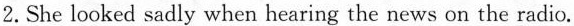
2. She looked sadly when hearing the news on the radio.